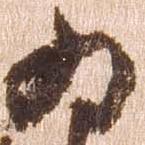
ゐ